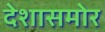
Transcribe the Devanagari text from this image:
देशासमोर